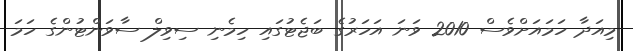
މިއަދާ ހަމައަށްވެސް 2010 ވަނަ އަހަރުގެ ބަޖެޓުގައި ހިމެނި ސިވިލް ސާވަންޓުންގެ ހަމަ